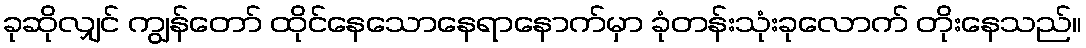
ခုဆိုလျှင် ကျွန်တော် ထိုင်နေသောနေရာနောက်မှာ ခုံတန်းသုံးခုလောက် တိုးနေသည်။